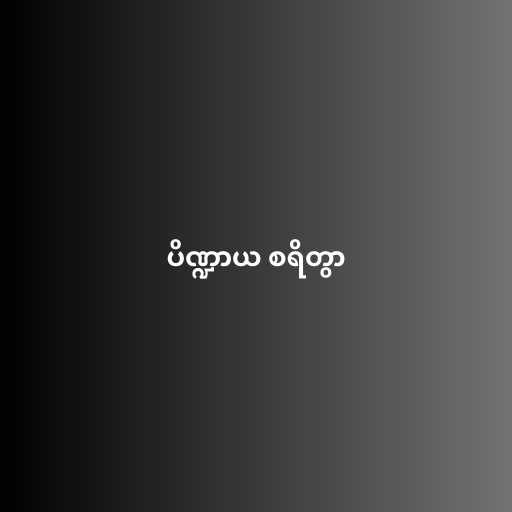
ပိဏ္ဍာယ စရိတွာ